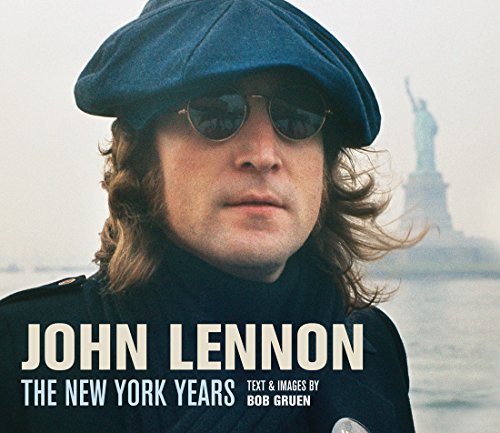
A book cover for John Lennon: The New York Years (reissue); Bob Gruen; Arts & Photography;